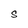
Character: S